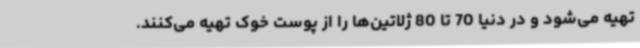
تهیه می‌شود و در دنیا 70 تا 80 ژلاتین‌ها را از پوست خوک تهیه می‌کنند.